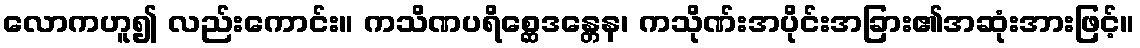
လောကဟူ၍ လည်းကောင်း။ ကသိဏပရိစ္ဆေဒန္တေန၊ ကသိုဏ်းအပိုင်းအခြား၏အဆုံးအားဖြင့်။